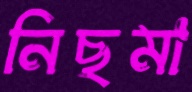
নিছমা